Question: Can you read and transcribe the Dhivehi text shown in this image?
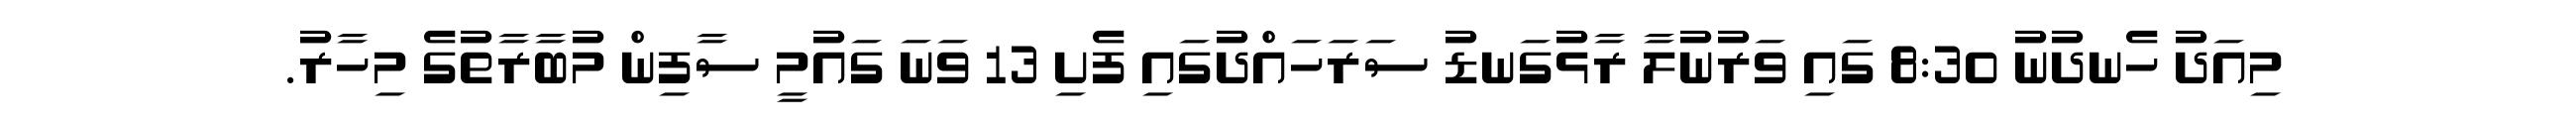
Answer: މިއަދު ހެނދުނު 8:30 ގައި ވަރުނުލާ ރާޅުގަނޑު ސަރަހައްދުގައި ފެށި 13 ވަނަ ގައުމީ ސާފިން މުބާރާތުގެ މިހާރު.